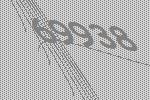
69938